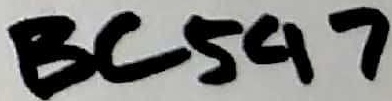
Text: BC547